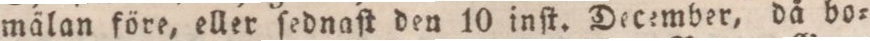
mälan före, eller ſednaſt den 10 inſt. December, då bo=